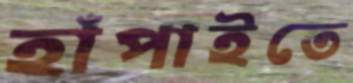
হাঁপাইতে